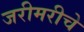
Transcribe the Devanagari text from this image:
जरीमरीचे